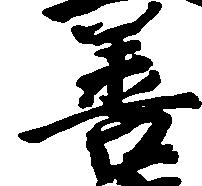
善